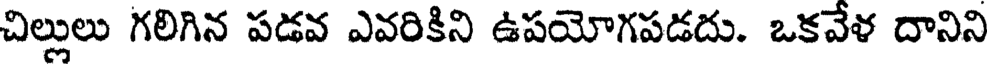
చిల్లులు గలిగిన పడవ ఎవరికిని ఉపయోగపడదు. ఒకవేళ దానిని